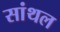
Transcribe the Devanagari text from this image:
सांथल